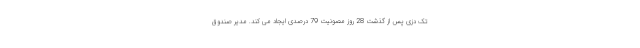
تک دُزی پس از گذشت 28 روز مصونیت 79 درصدی ایجاد می کند. مدیر صندوق